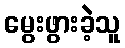
မွေးဖွားခဲ့သူ